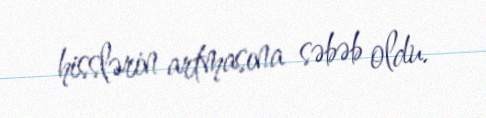
hisslərin artmasına səbəb oldu.